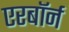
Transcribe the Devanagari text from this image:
एरबॉर्न